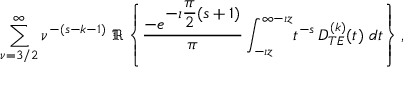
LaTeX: \begin{array} { c } { { \displaystyle { \sum _ { \nu = 3 / 2 } ^ { \infty } \nu ^ { - ( s - k - 1 ) } } \ \Re \left\{ \displaystyle { \frac { - e ^ { \displaystyle { - \imath \frac { \pi } { 2 } ( s + 1 ) } } } { \pi } } \, \displaystyle { \int _ { - \imath z } ^ { \infty - \imath z } } t ^ { - s } \, \displaystyle { D _ { T E } ^ { ( k ) } ( t ) } \ d t \right\} , } } \end{array}